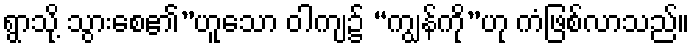
ရွာသို့ သွားစေ၏”ဟူသော ဝါကျ၌ “ကျွန်ကို”ဟု ကံဖြစ်လာသည်။